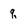
Character: q